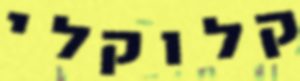
קלוקלי